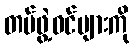
တပ်ဖွဲ့ဝင်များကို